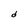
Character: d